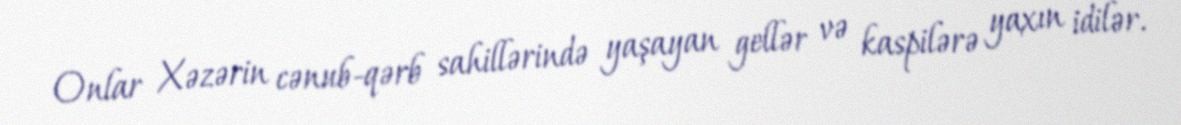
Onlar Xəzərin cənub-qərb sahillərində yaşayan gellər və kaspilərə yaxın idilər.